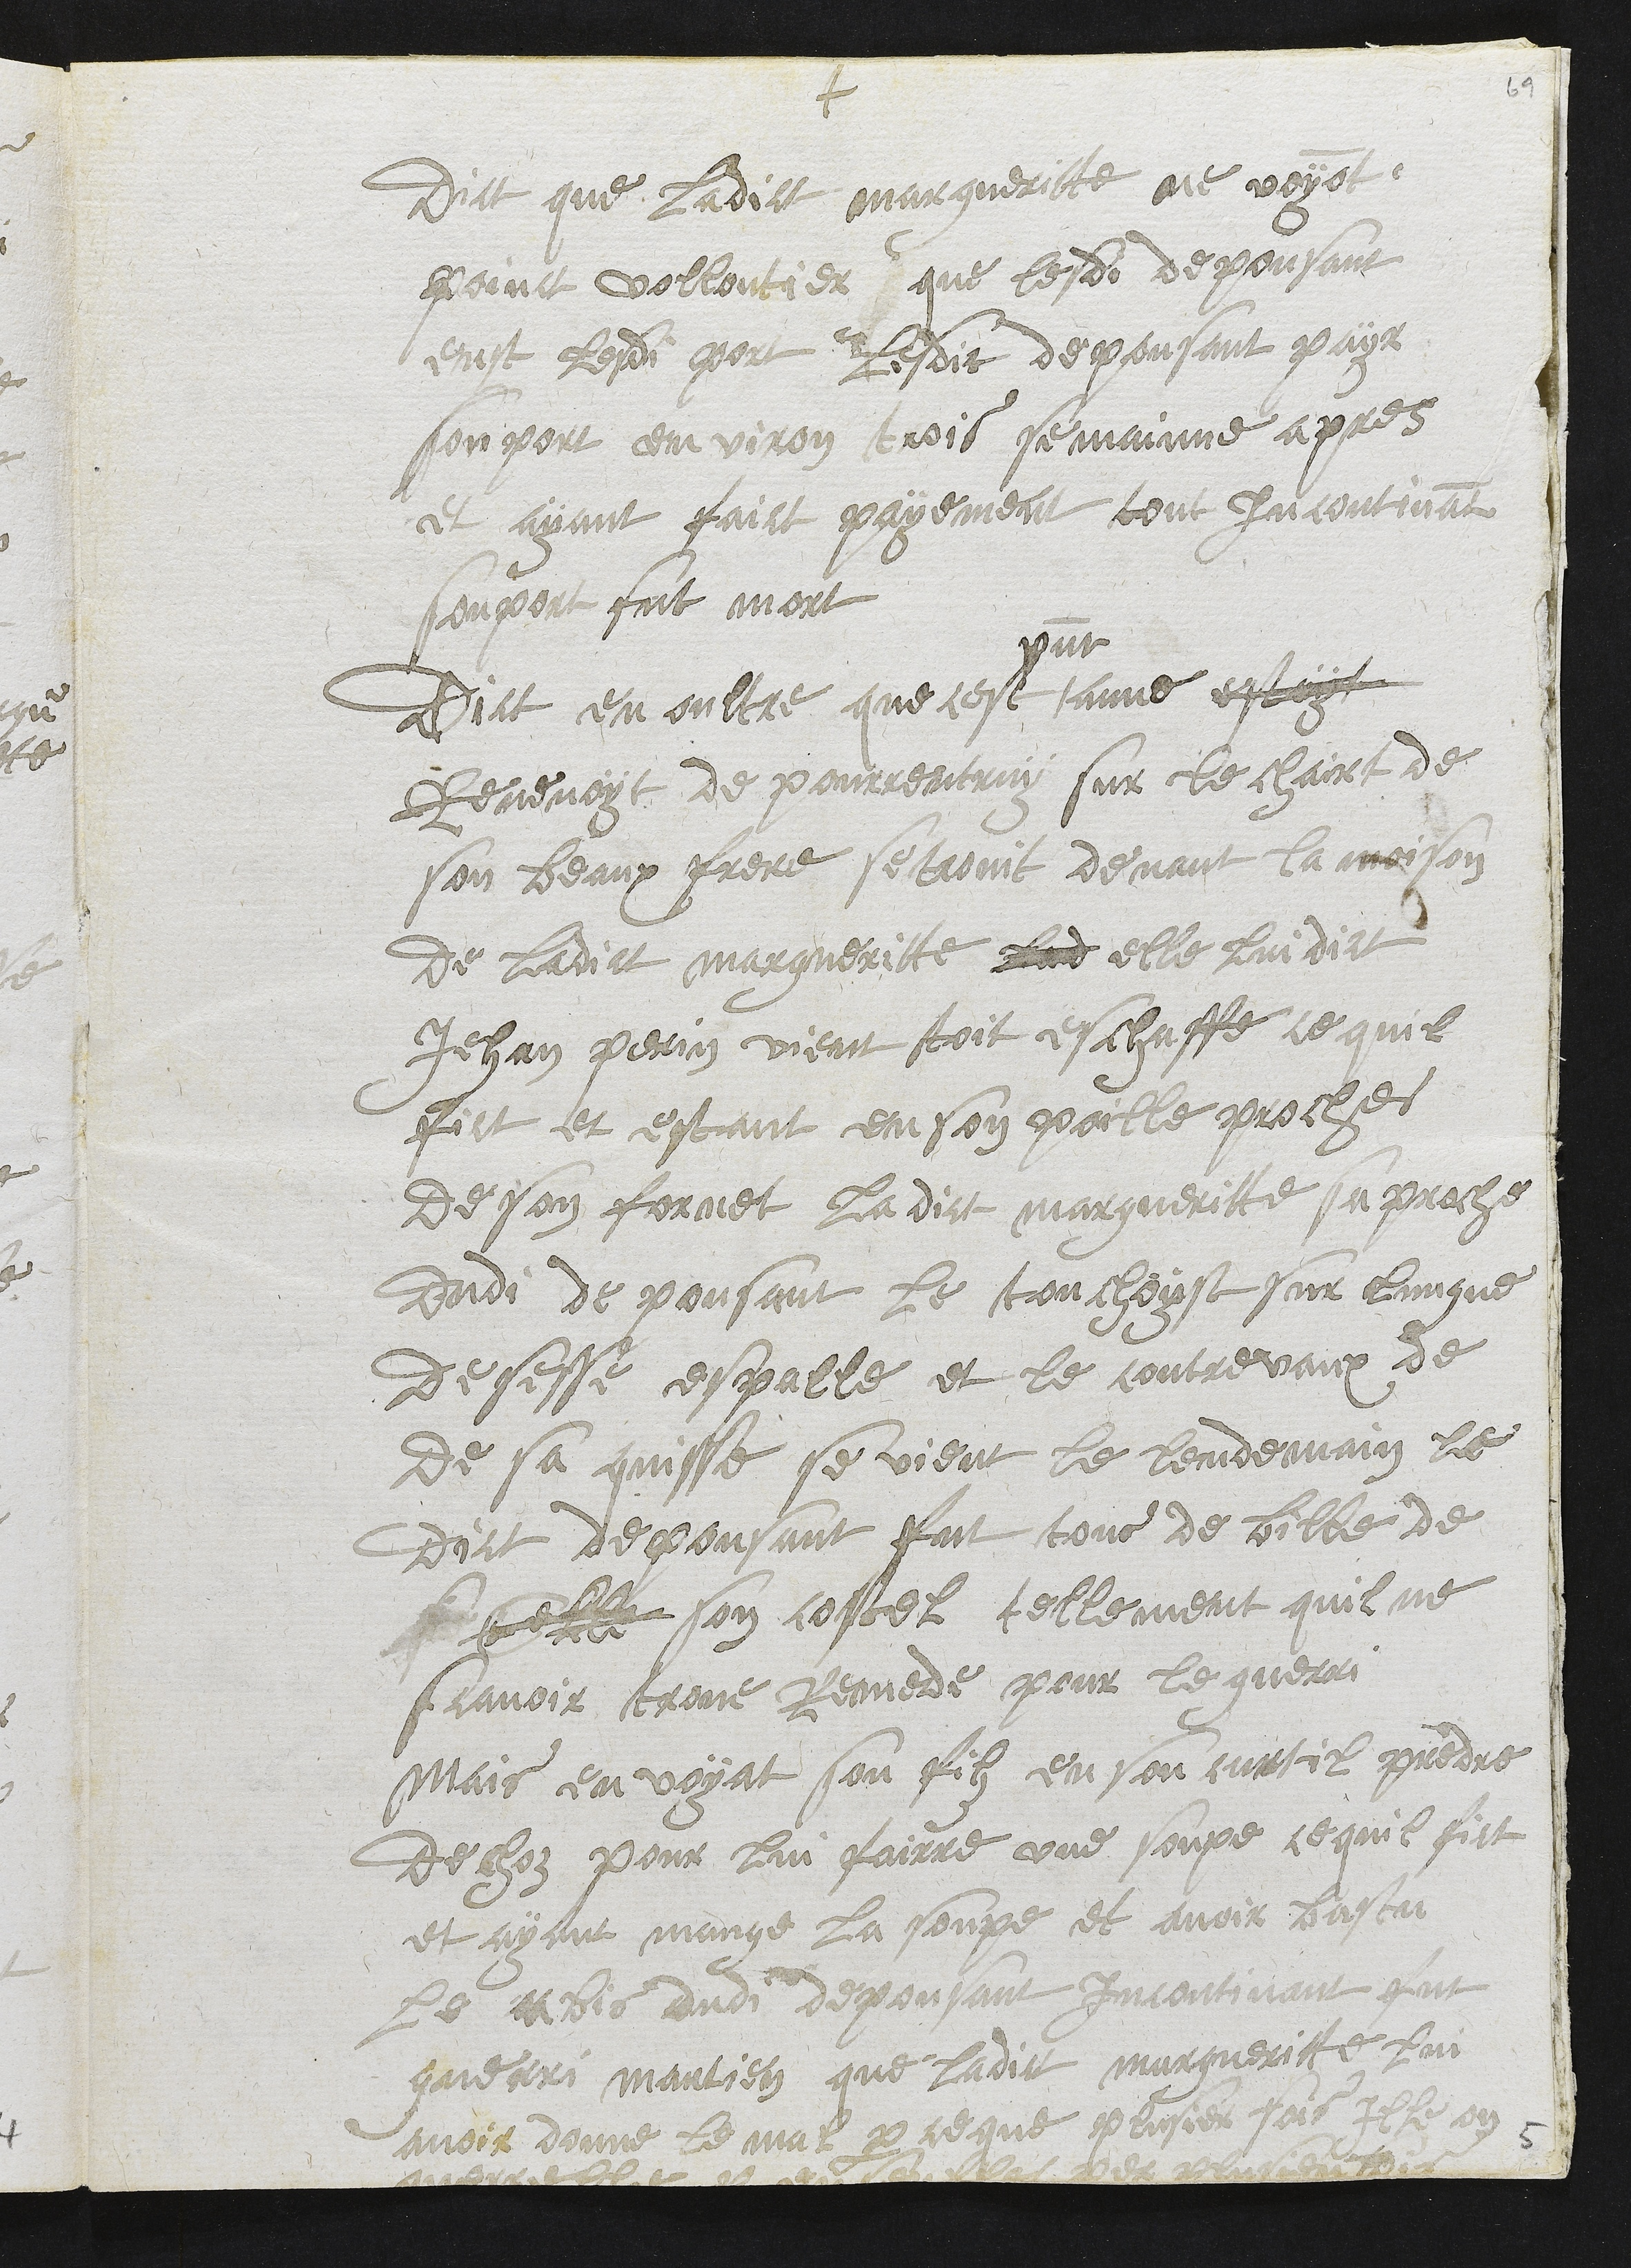
+
dict que ladict margueritte ne voyant
point vollontier que lesdi depousant
eust lesdi port lesdit depousant payr
son port environ trois semainne apres
et ayant faict payement tout incontinant
son port fut mort
Dict en oultre que cest
present
anne estoyt
Revenoyt de Pourrentruy sur le chairt de
son beaux frere se trovit devant la moison
de ladict margueritte lad elle lui dict
Jehan perrin vient toit eschaffe ce quil
fict et estant en son poille proches
de son fornet ladict margueritte saproche
dudi depousant le touchoyst sur lungne
de sesse espalle et le contrevaux de
de sa quisse se vient le lendemain le
dict depousant fut tous de bille de
si belle son costel tellement quil ne
scavoir trove remede pour le guerri
mais en voyat son filz en son curtil prendre
de choz pour lui fairre une soupe ce quil fict
et ayant mange la soupe et avoir bastu
le crebis dudi depousant incontinant fut
guerri mantien que ladict margueritte lui
avoir donne le mal parce que plusier fois Ille on
querrelle par ensemble per plusieur fois
5